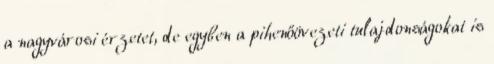
a nagyvárosi érzetet, de egyben a pihenőövezeti tulajdonságokat is